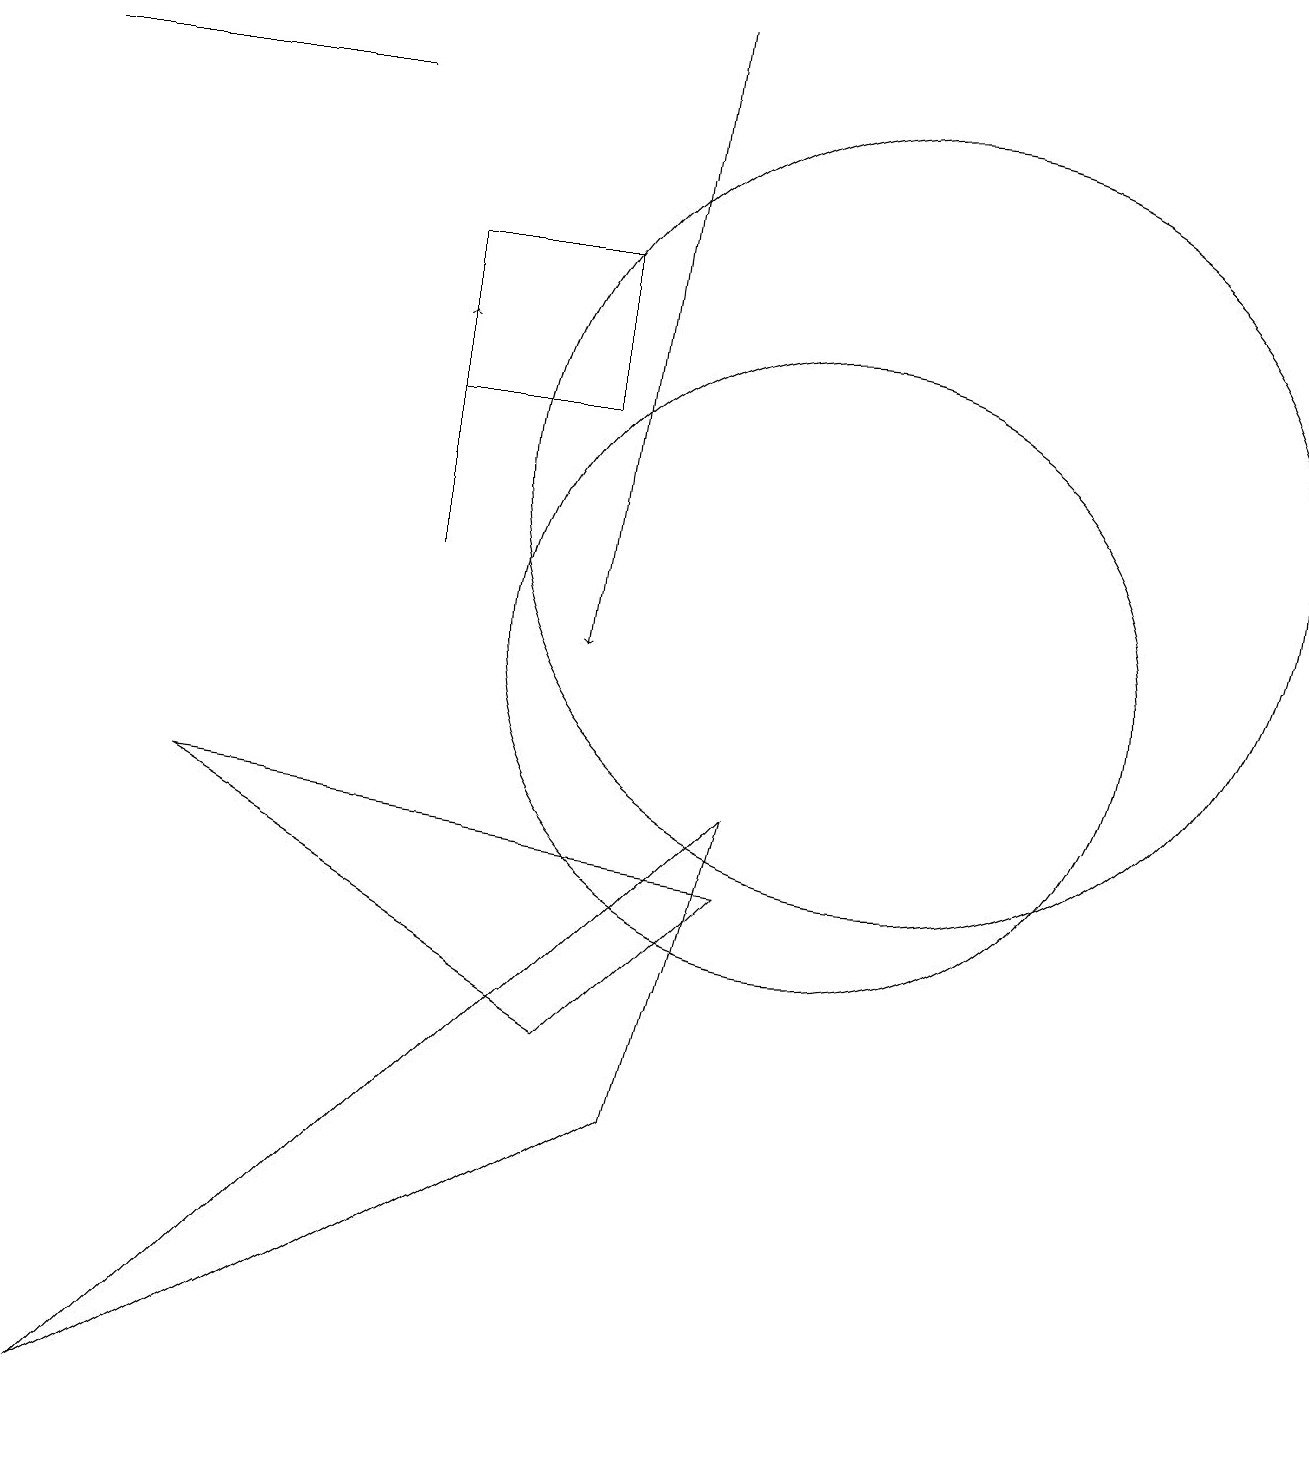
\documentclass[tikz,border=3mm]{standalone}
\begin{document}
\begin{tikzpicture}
\draw (7,15) rectangle (5,13);
\draw[->] (5,11) -- (5,14);
\draw[->] (8,18) -- (7,10);
\draw (8,4) -- (9,8) -- (1,0) -- cycle;
\draw (4,17) rectangle (0,17);
\draw (11,12) circle (5);
\draw (7,5) -- (9,7) -- (2,8) -- cycle;
\draw (10,10) circle (4);
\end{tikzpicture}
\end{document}